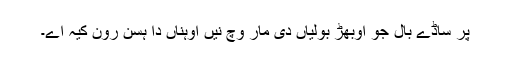
پر ساڈے بال جو اوبھڑ بولیاں دی مار وچ نیں اوہناں دا ہسن رون کیہ اے۔